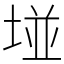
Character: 𡌶